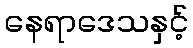
နေရာဒေသနှင့်